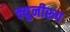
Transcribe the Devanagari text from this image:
क्युनीरूप